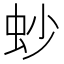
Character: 䖢